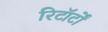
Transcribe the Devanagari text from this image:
रिटॉर्टों